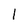
Character: 1